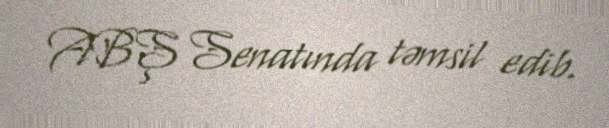
ABŞ Senatında təmsil edib.